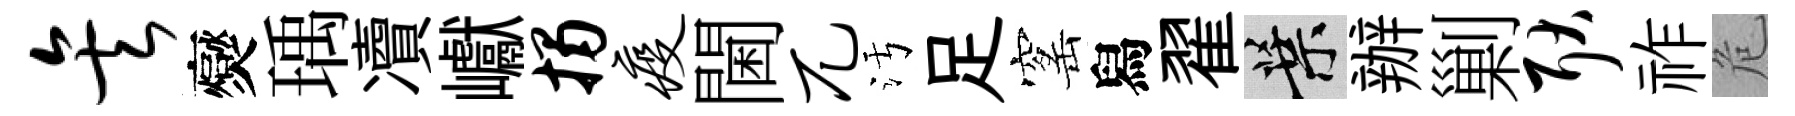
矣爕瑀凟巘揭疫閫兀污足窰舄翟葉辦剿耿祚危